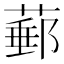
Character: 𦸙